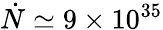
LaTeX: \dot{N}\simeq 9\times 10^{35}